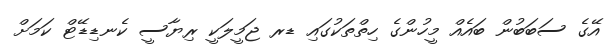
އޭގެ ސަބަބުން ބައެއް މީހުންގެ ހިތްތަކުގައި ޑރ ޖަމީލަކީ ރިޔާސީ ކެނޑިޑޭޓް ކަމަށް